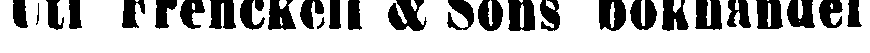
Uti Frenckell & Sons bokhandel: